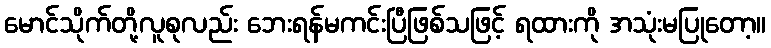
မောင်သိုက်တို့လူစုလည်း ဘေးရန်မကင်းပြီဖြစ်သဖြင့် ရထားကို အသုံးမပြုတော့။